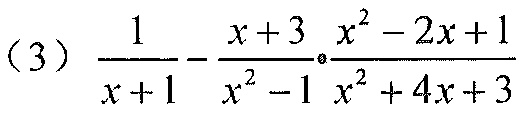
$(3)\frac{1}{x + 1}-\frac{x + 3}{x^{2}-1}\cdot\frac{x^{2}-2x + 1}{x^{2}+4x + 3}$